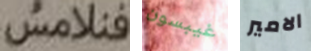
فنلامس غيبسون الامير